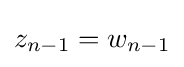
z_{n-1}=w_{n-1}